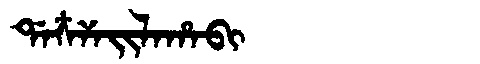
Manchu: ᡩᠠᠴᠶᠠᡳᠯᠠᡥᠠᠪᡳ
Romanization: DACYAILAHABI